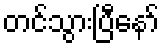
တင်သွားပြီနော်